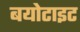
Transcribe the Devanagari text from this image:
बयोटाइट